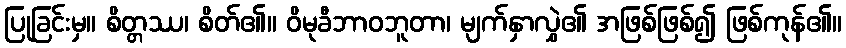
ပြုခြင်းမှ။ စိတ္တဿ၊ စိတ်၏။ ဝိမုခီဘာဝဘူတာ၊ မျက်နှာလွှဲ၏ အဖြစ်ဖြစ်၍ ဖြစ်ကုန်၏။